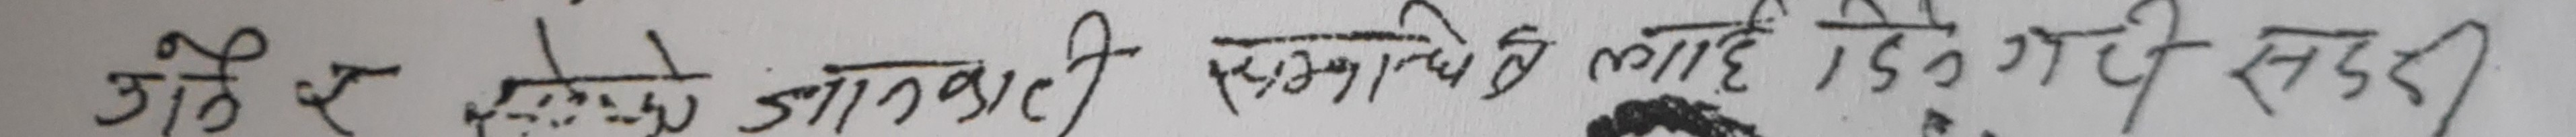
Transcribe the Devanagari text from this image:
उत्तै र झेल्को जागबाट स्थानीयको लागि दिईने गोदी सदर